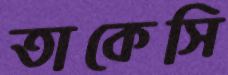
তাকেসি